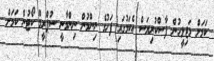
ކަމަށް މަޖިލީހުން ފާސްކުރިޔަސް އެކަމުގައި ފަހުގެ ނިންމުން ނިންމާނީ ސުޕްރީމް ކޯޓުން ކަމަށް